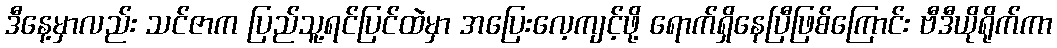
ဒီနေ့မှာလည်း သင်ဇာက ပြည်သူ့ရင်ပြင်ထဲမှာ အပြေးလေ့ကျင့်ဖို့ ရောက်ရှိနေပြီဖြစ်ကြောင်း ဗီဒီယိုရိုက်ကာ